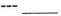
---___